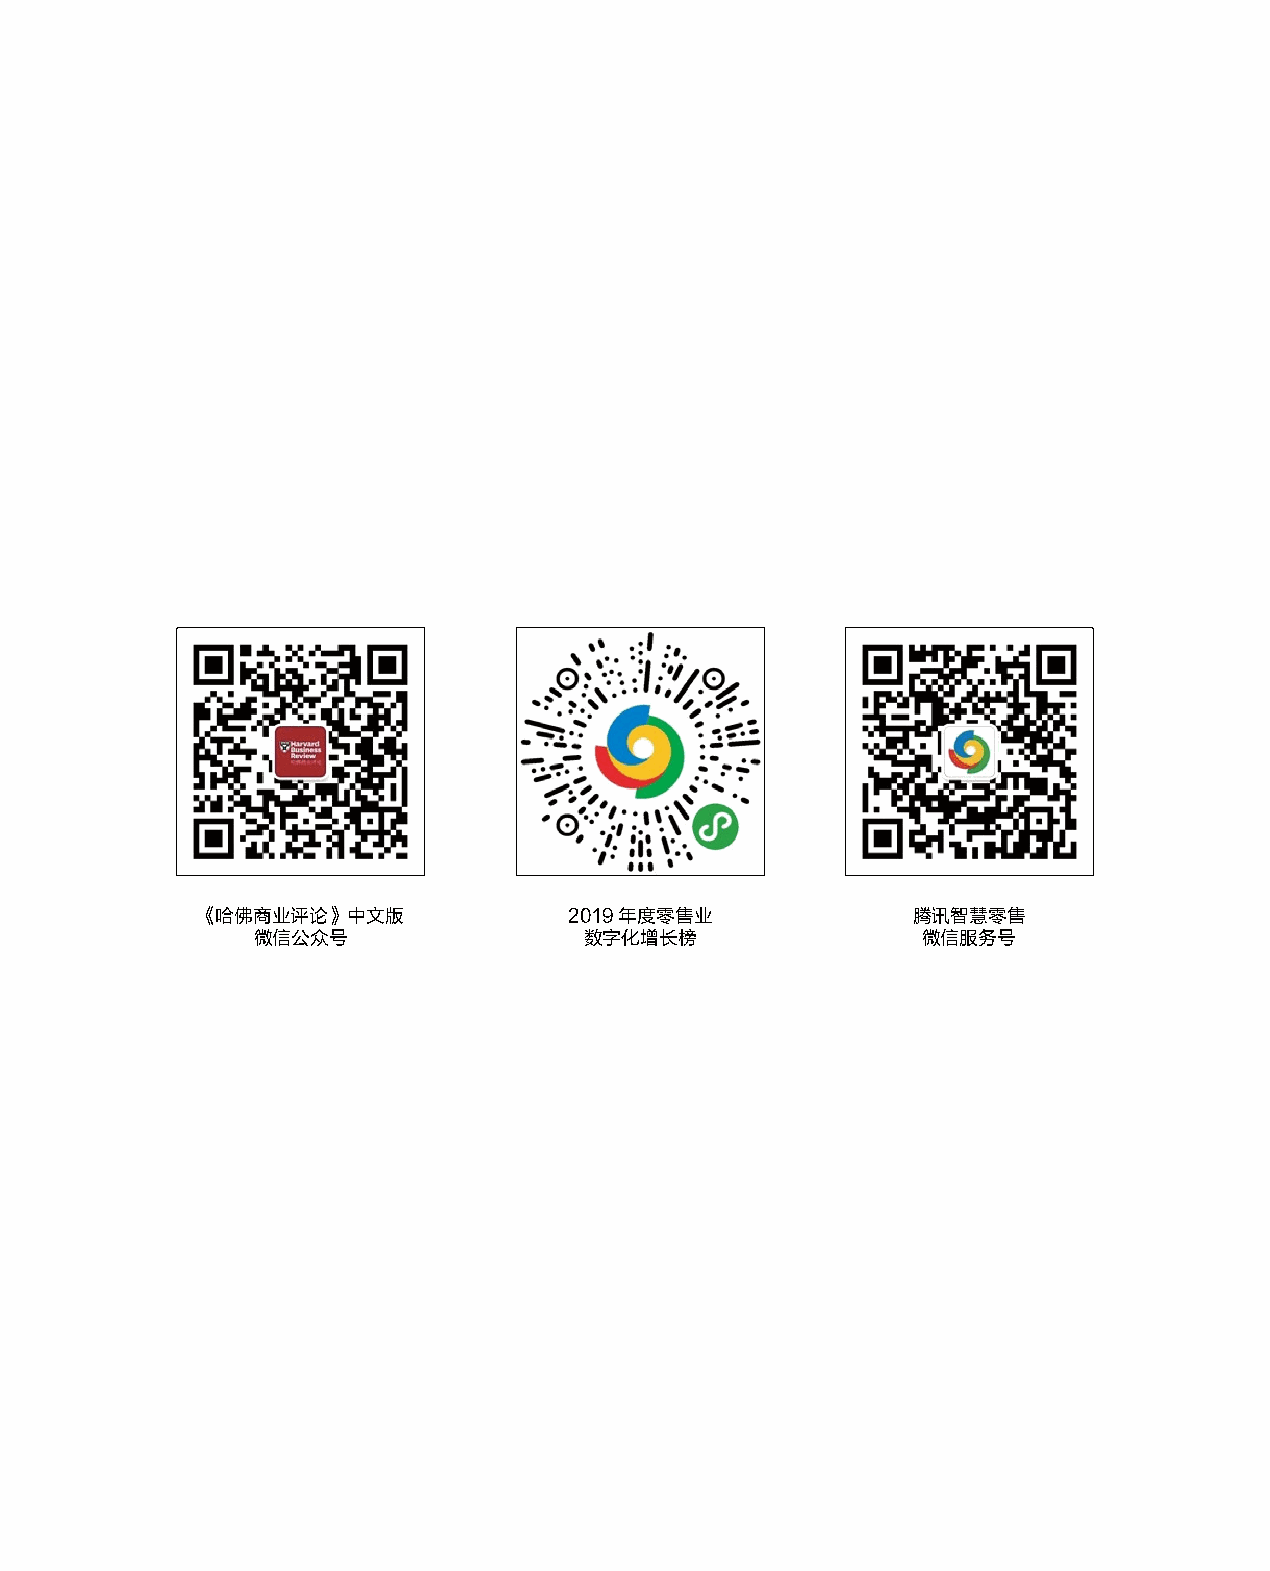
《哈佛商业评论》中文版              2019年度零售业             腾讯智慧零售
 微信公众号                 数字化增长榜                微信服务号